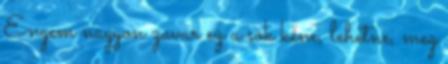
Engem nagyon zavar ez a sok kéne, lehetne, meg